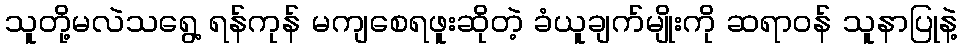
သူတို့မလဲသရွေ့ ရန်ကုန် မကျစေရဖူးဆိုတဲ့ ခံယူချက်မျိုးကို ဆရာ၀န် သူနာပြုနဲ့